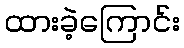
ထားခဲ့ကြောင်း